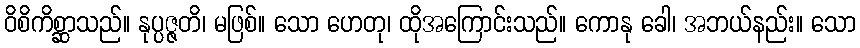
ဝိစိကိစ္ဆာသည်။ နုပ္ပဇ္ဇတိ၊ မဖြစ်။ သော ဟေတု၊ ထိုအကြောင်းသည်။ ကောနု ခေါ၊ အဘယ်နည်း။ သော